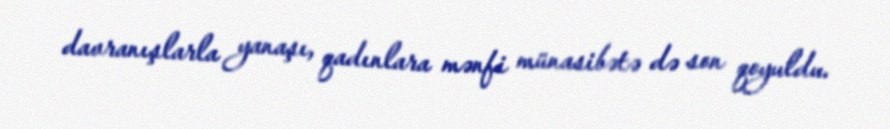
davranışlarla yanaşı, qadınlara mənfi münasibətə də son qoyuldu.